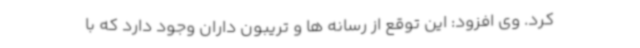
کرد. وی افزود: این توقع از رسانه ها و تریبون داران وجود دارد که با